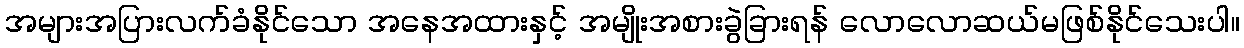
အများအပြားလက်ခံနိုင်သော အနေအထားနှင့် အမျိုးအစားခွဲခြားရန် လောလောဆယ်မဖြစ်နိုင်သေးပါ။